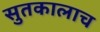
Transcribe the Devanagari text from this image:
सुतकालाच